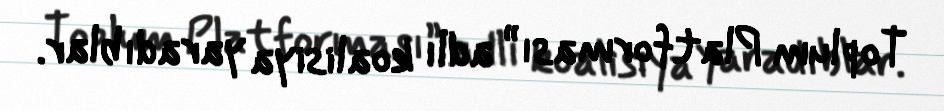
Toplum Platforması” adlı koalisiya yaradıblar.